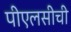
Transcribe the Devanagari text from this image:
पीएलसीची